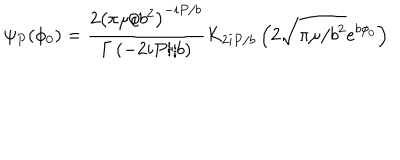
LaTeX: \psi _ { P } ( \phi _ { 0 } ) = \frac { 2 \left( \pi \mu / b ^ { 2 } \right) ^ { - i P / b } } { \Gamma \left( - 2 i P / b \right) } K _ { 2 i P / b } \left( 2 \sqrt { \pi \mu / b ^ { 2 } } e ^ { b \phi _ { 0 } } \right)